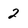
Character: 2